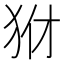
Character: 𤝦